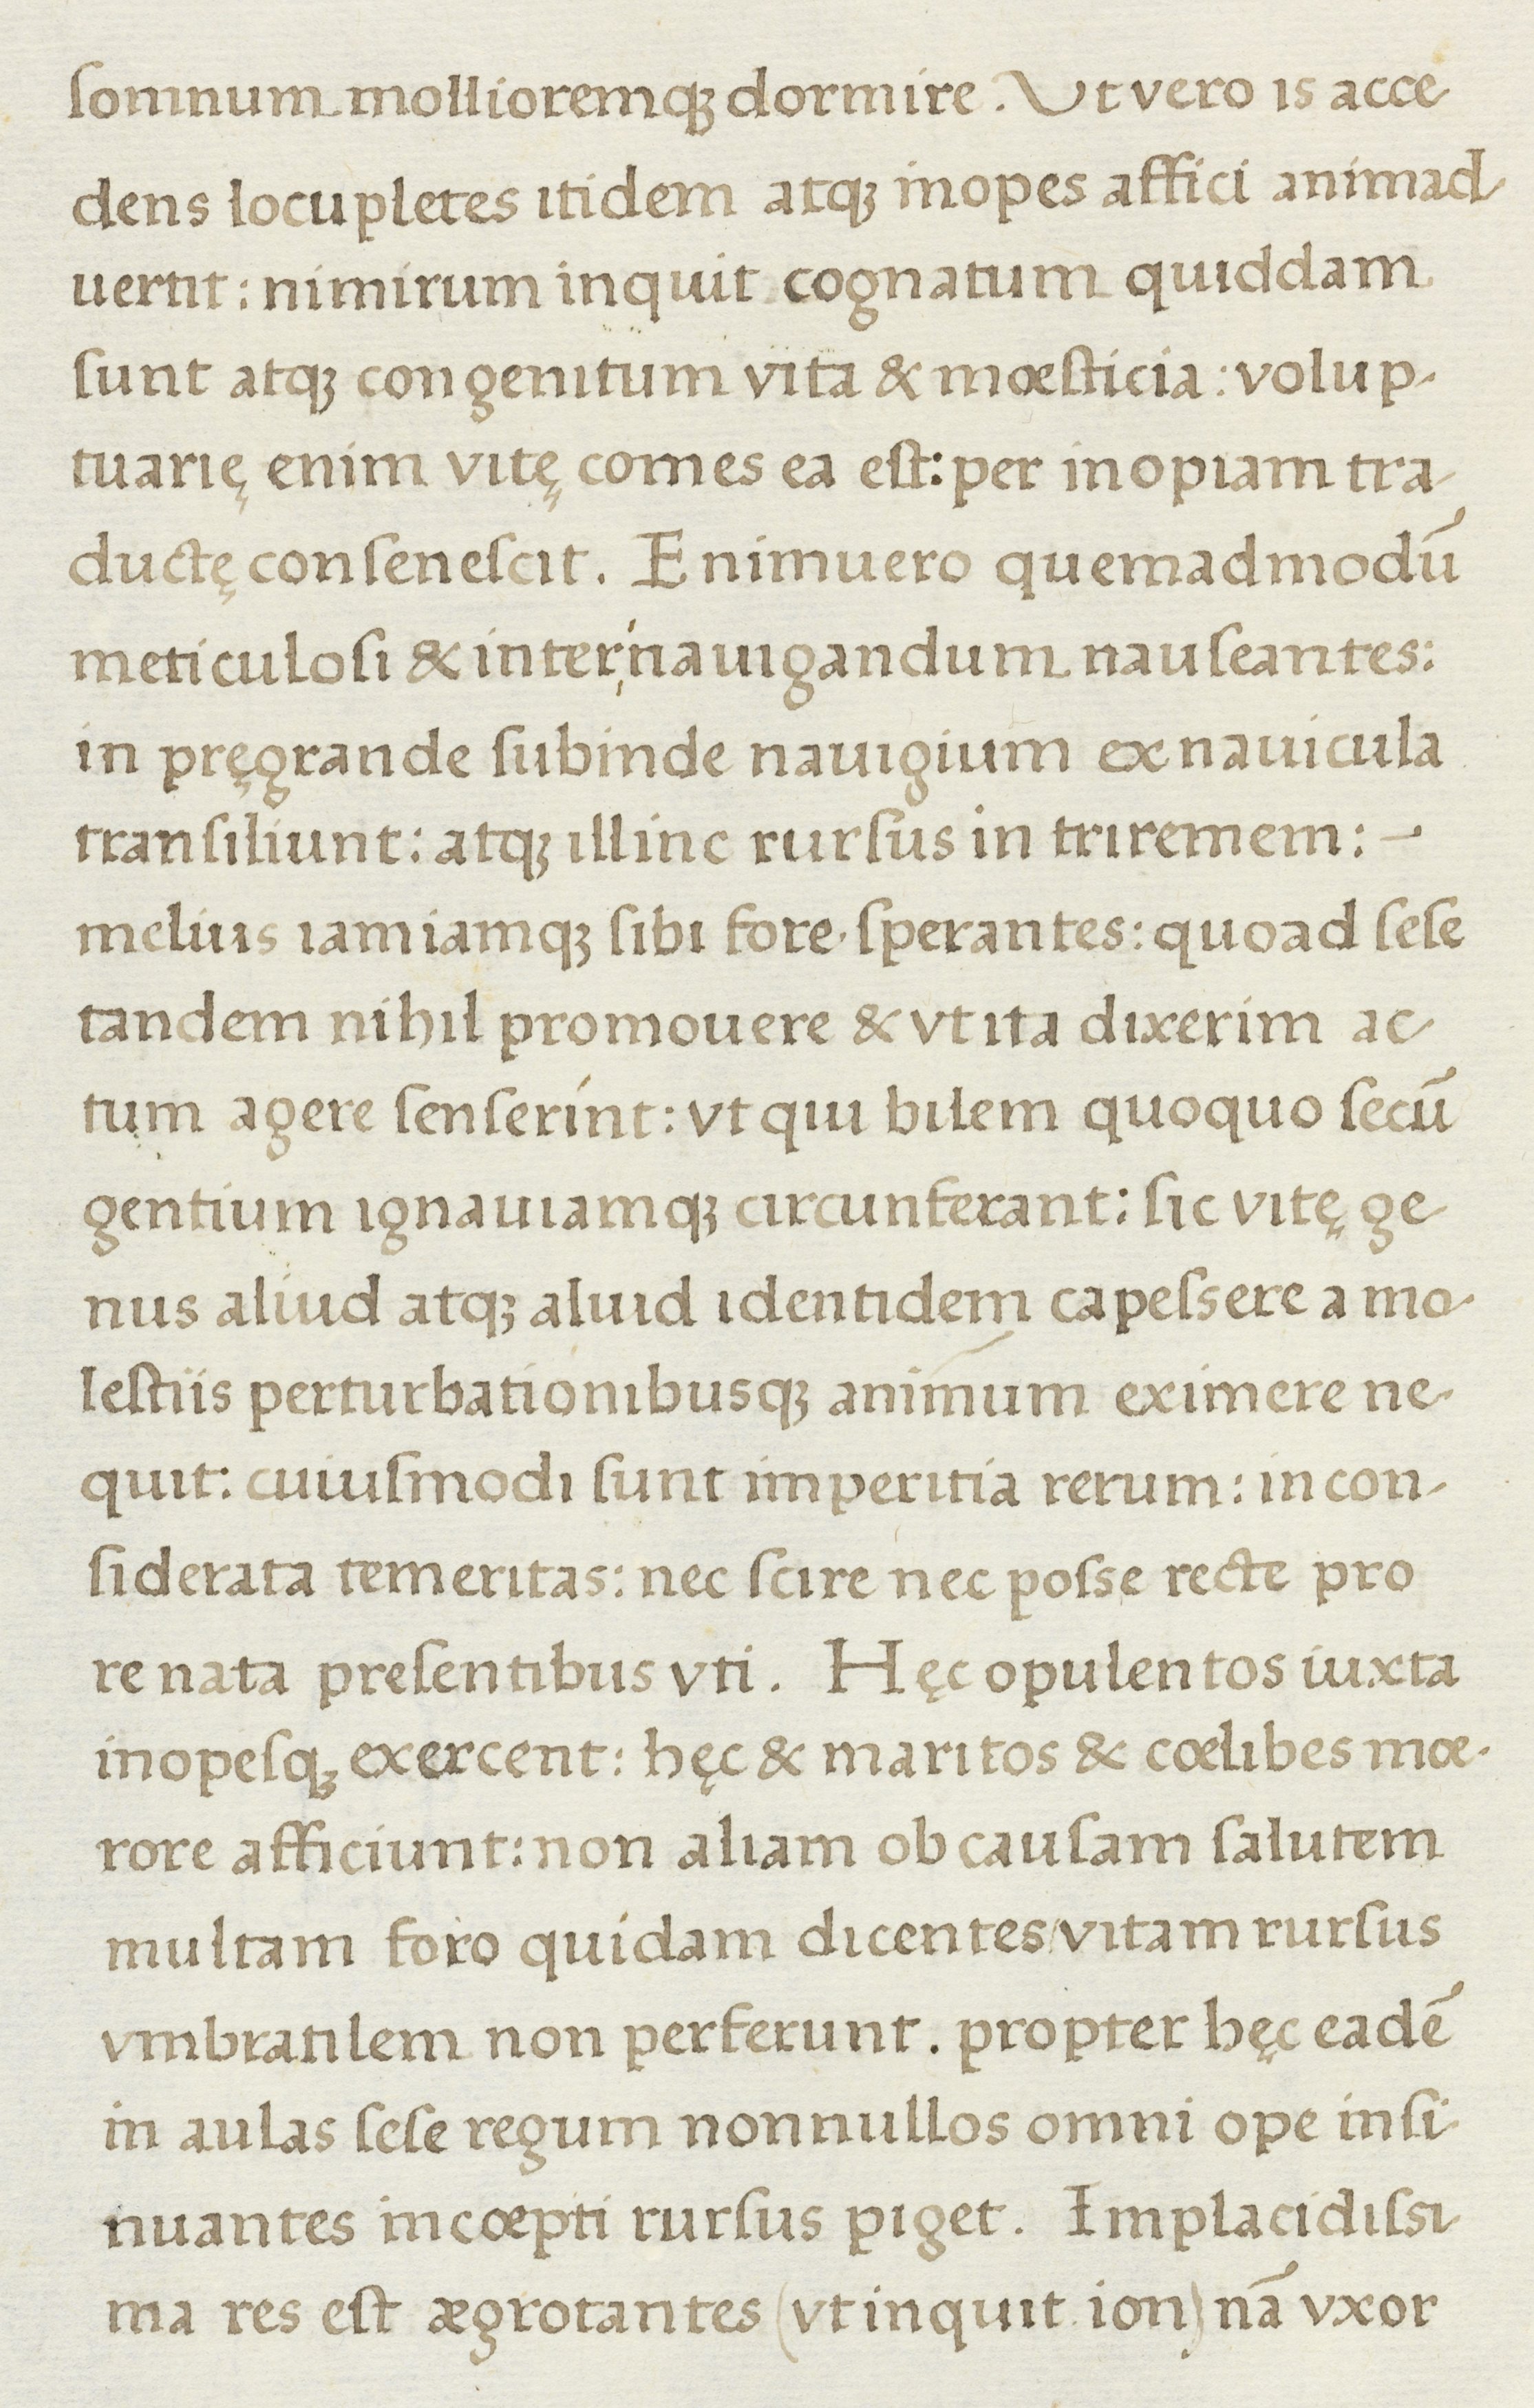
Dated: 1500–1599